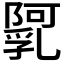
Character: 𨼼